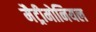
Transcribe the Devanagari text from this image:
मैट्रीमोनियल